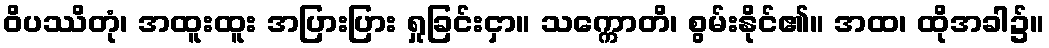
ဝိပဿိတုံ၊ အထူးထူး အပြားပြား ရှုခြင်းငှာ။ သက္ကောတိ၊ စွမ်းနိုင်၏။ အထ၊ ထိုအခါ၌။